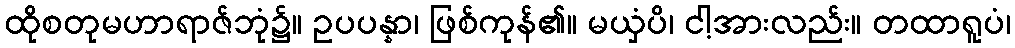
ထိုစတုမဟာရာဇ်ဘုံ၌။ ဥပပန္နာ၊ ဖြစ်ကုန်၏။ မယှံပိ၊ ငါ့အားလည်း။ တထာရူပံ၊